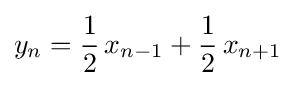
y_{n}={\frac {1}{2}}\,x_{n-1}+{\frac {1}{2}}\,x_{n+1}